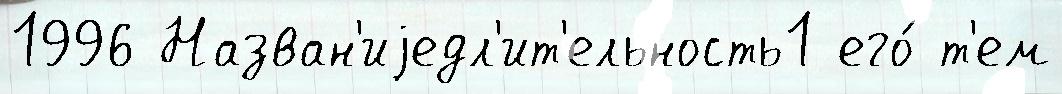
1996 Назван'иjедл'ит'ельность1 его́ т'ем